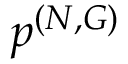
\boldsymbol { p } ^ { ( N , G ) }